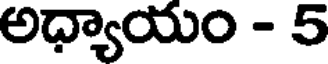
అధ్యాయం - 5